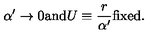
\alpha ^ { \prime } \to 0 \mathrm { a n d } U \equiv \frac { r } { \alpha ^ { \prime } } \mathrm { f i x e d } .